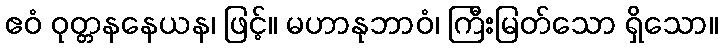
ဧဝံ ဝုတ္တနနေယန၊ ဖြင့်။ မဟာနုဘာဝံ၊ ကြီးမြတ်သော ရှိသော။